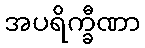
အပရိက္ခီဏာ